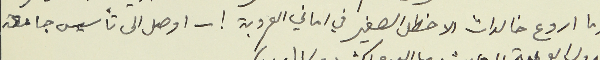
وما اروع خالدات الاخطل الصغير في اماني العروبة ! – اوصل الى تأسيس جامعة